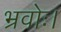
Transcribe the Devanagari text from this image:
भ्रवोः।